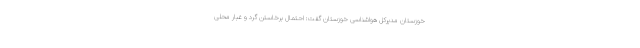
خوزستان مدیرکل هواشناسی خوزستان گفت: احتمال برخاستن گرد و غبار محلی